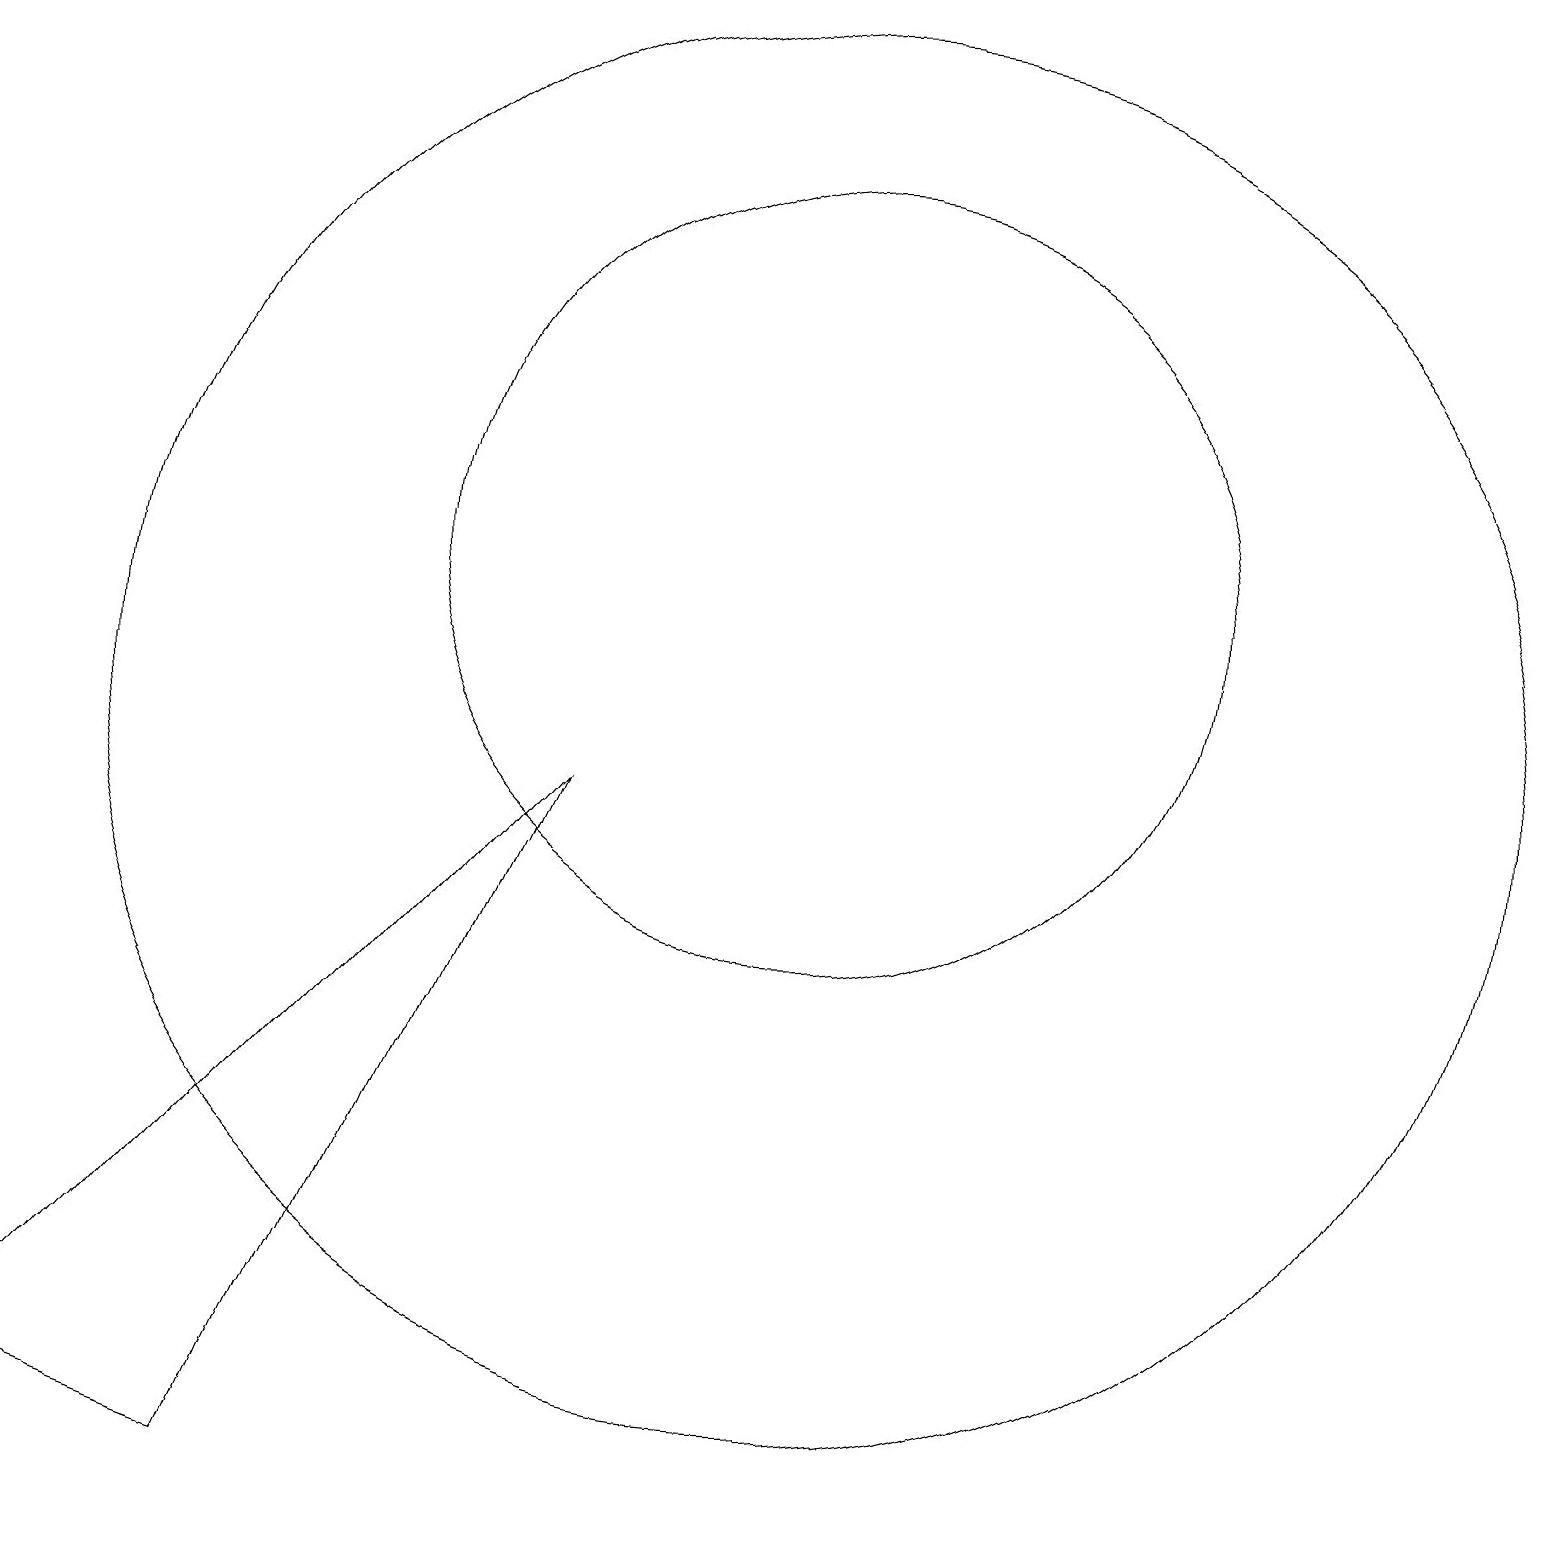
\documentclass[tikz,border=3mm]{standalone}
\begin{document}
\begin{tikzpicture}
\draw (10,12) circle (5);
\draw (0,1) -- (7,9) -- (3,0) -- cycle;
\draw (10,10) circle (9);
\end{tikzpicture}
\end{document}